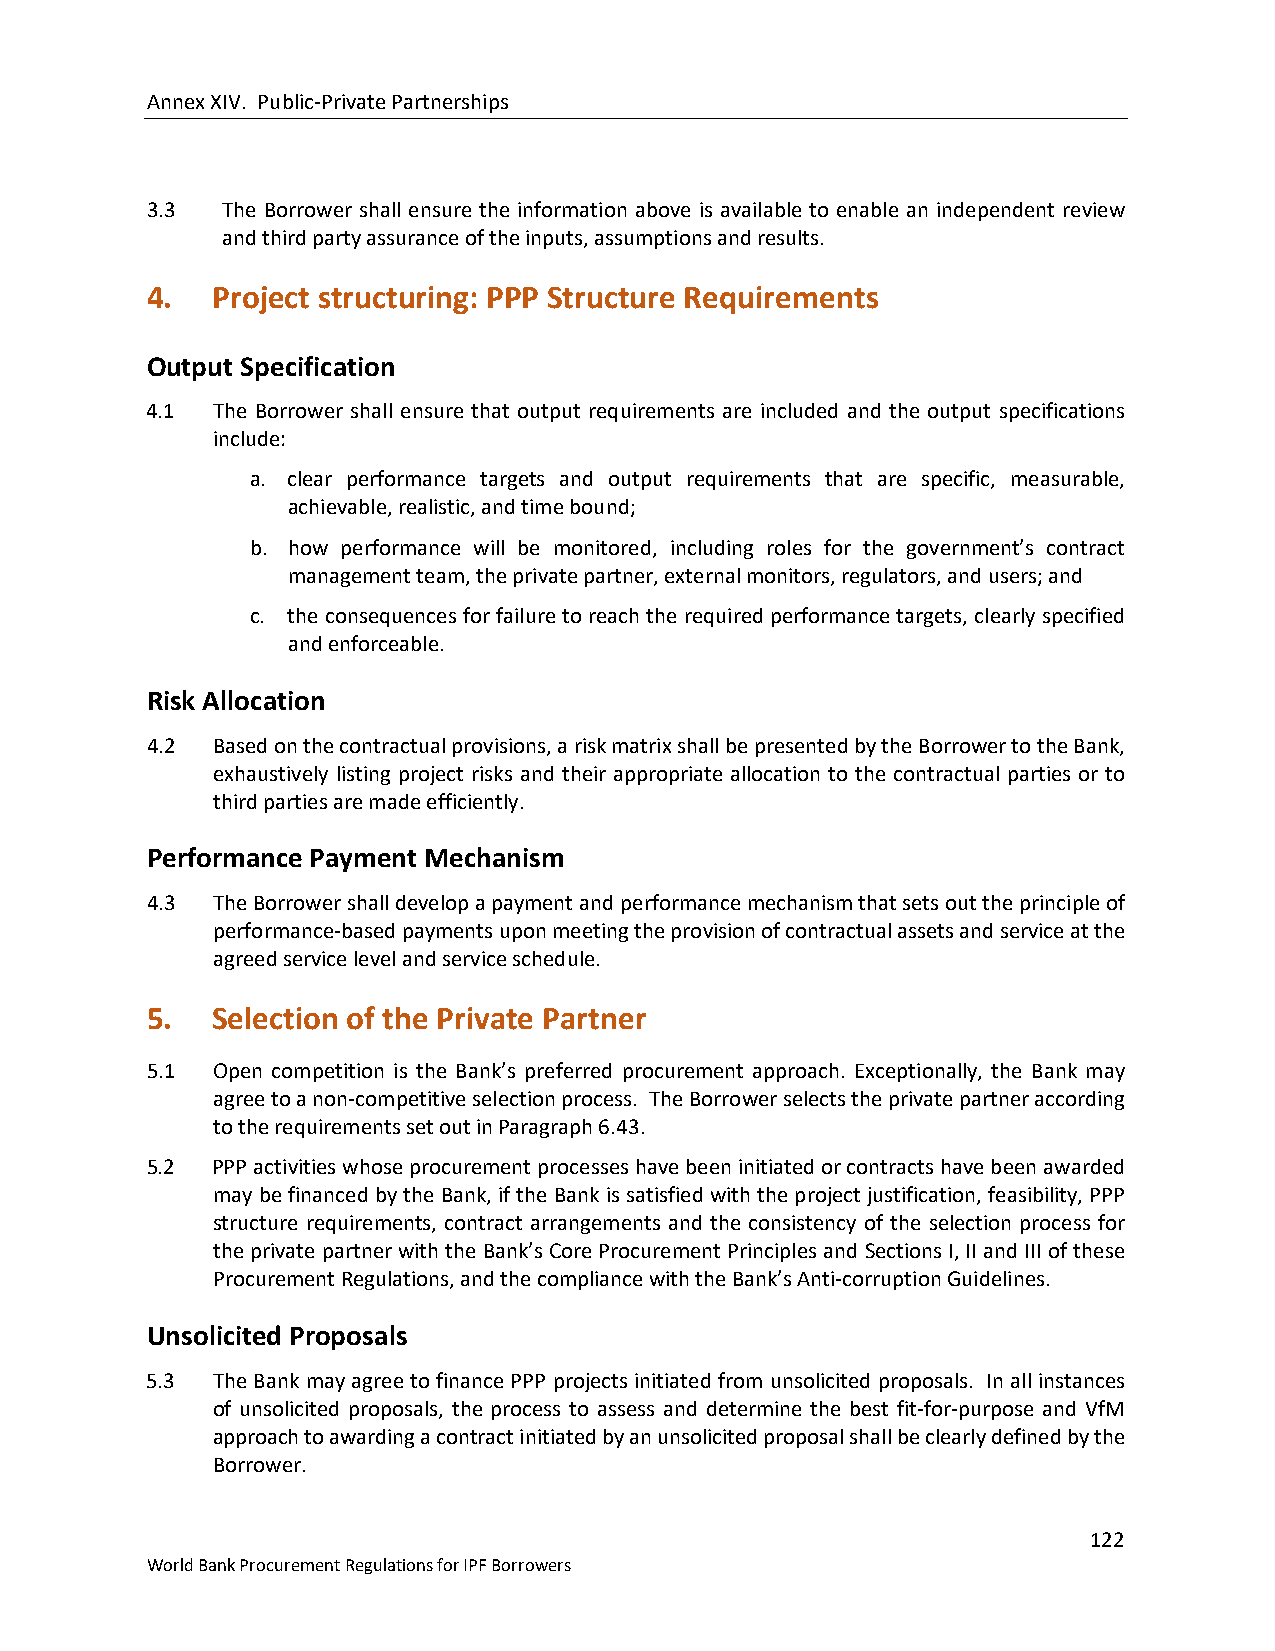
Annex XIV. Public-Private Partnerships
 3.3  The Borrower shall ensure the information above is available to enable an independent review
 and third party assurance of the inputs, assumptions and results.
 4.  Project structuring: PPP Structure Requirements
 Output Specification
 4.1 The Borrower shall ensure that output requirements are included and the output specifications
 include:
 a. clear performance targets and output requirements that are specific, measurable,
 achievable, realistic, and time bound;
 b. how performance will be monitored, including roles for the government’s contract
 management team, the private partner, external monitors, regulators, and users; and
 c. the consequences for failure to reach the required performance targets, clearly specified
 and enforceable.
 Risk Allocation
 4.2 Based on the contractual provisions, a risk matrix shall be presented by the Borrower to the Bank,
 exhaustively listing project risks and their appropriate allocation to the contractual parties or to
 third parties are made efficiently.
 Performance Payment Mechanism
 4.3 The Borrower shall develop a payment and performance mechanism that sets out the principle of
 performance-based payments upon meeting the provision of contractual assets and service at the
 agreed service level and service schedule.
 5.  Selection of the Private Partner
 5.1 Open competition is the Bank’s preferred procurement approach. Exceptionally, the Bank may
 agree to a non-competitive selection process. The Borrower selects the private partner according
 to the requirements set out in Paragraph 6.43.
 5.2 PPP activities whose procurement processes have been initiated or contracts have been awarded
 may be financed by the Bank, if the Bank is satisfied with the project justification, feasibility, PPP
 structure requirements, contract arrangements and the consistency of the selection process for
 the private partner with the Bank’s Core Procurement Principles and Sections I, II and III of these
 Procurement Regulations, and the compliance with the Bank’s Anti-corruption Guidelines.
 Unsolicited Proposals
 5.3 The Bank may agree to finance PPP projects initiated from unsolicited proposals. In all instances
 of unsolicited proposals, the process to assess and determine the best fit-for-purpose and VfM
 approach to awarding a contract initiated by an unsolicited proposal shall be clearly defined by the
 Borrower.
 122
 World Bank Procurement Regulations for IPF Borrowers